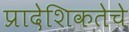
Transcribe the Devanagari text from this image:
प्रादेशिकतेचे